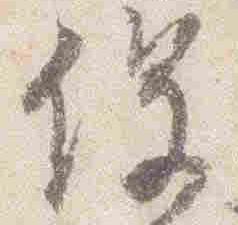
役